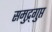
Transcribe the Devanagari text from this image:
समुद्र्गुप्त